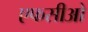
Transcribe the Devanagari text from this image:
एफसीओ